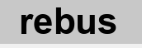
rebus